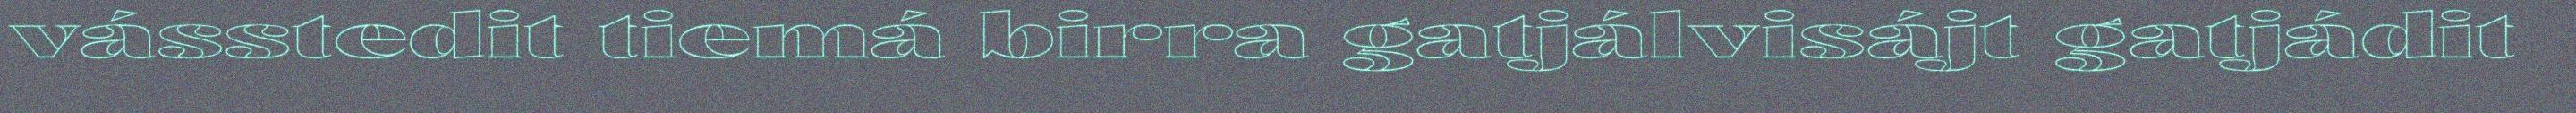
vásstedit tiemá birra gatjálvisájt gatjádit